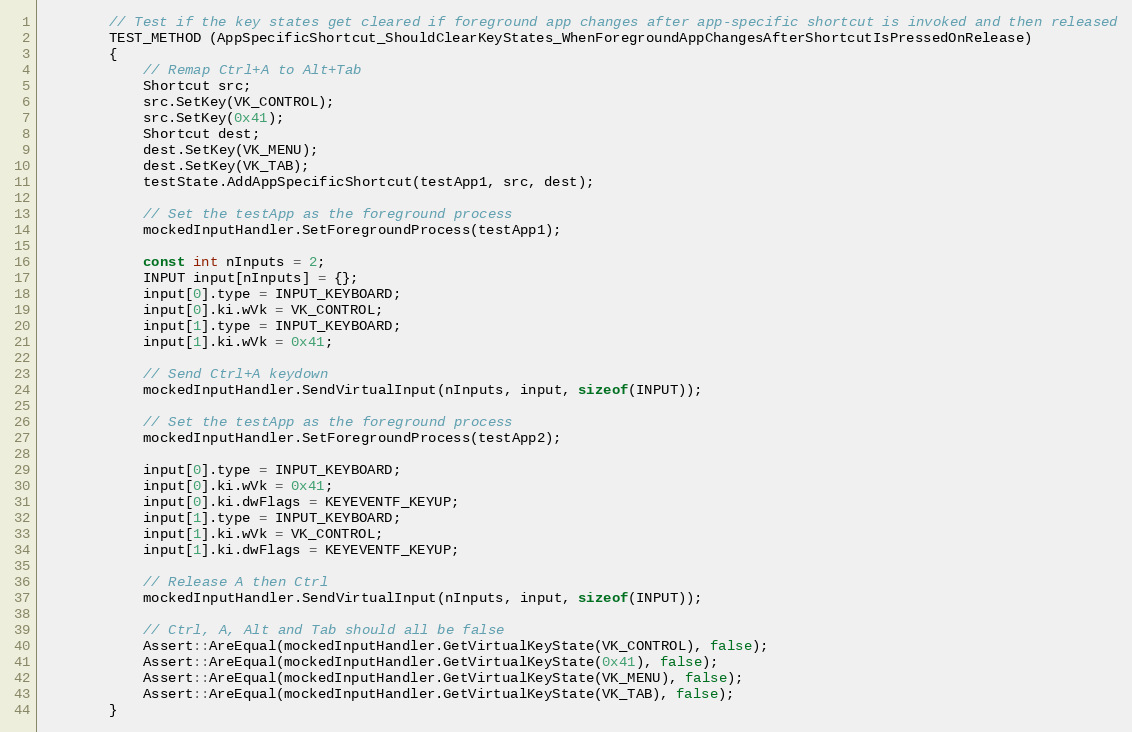
Language: C++
        // Test if the key states get cleared if foreground app changes after app-specific shortcut is invoked and then released
        TEST_METHOD (AppSpecificShortcut_ShouldClearKeyStates_WhenForegroundAppChangesAfterShortcutIsPressedOnRelease)
        {
            // Remap Ctrl+A to Alt+Tab
            Shortcut src;
            src.SetKey(VK_CONTROL);
            src.SetKey(0x41);
            Shortcut dest;
            dest.SetKey(VK_MENU);
            dest.SetKey(VK_TAB);
            testState.AddAppSpecificShortcut(testApp1, src, dest);

            // Set the testApp as the foreground process
            mockedInputHandler.SetForegroundProcess(testApp1);

            const int nInputs = 2;
            INPUT input[nInputs] = {};
            input[0].type = INPUT_KEYBOARD;
            input[0].ki.wVk = VK_CONTROL;
            input[1].type = INPUT_KEYBOARD;
            input[1].ki.wVk = 0x41;

            // Send Ctrl+A keydown
            mockedInputHandler.SendVirtualInput(nInputs, input, sizeof(INPUT));

            // Set the testApp as the foreground process
            mockedInputHandler.SetForegroundProcess(testApp2);

            input[0].type = INPUT_KEYBOARD;
            input[0].ki.wVk = 0x41;
            input[0].ki.dwFlags = KEYEVENTF_KEYUP;
            input[1].type = INPUT_KEYBOARD;
            input[1].ki.wVk = VK_CONTROL;
            input[1].ki.dwFlags = KEYEVENTF_KEYUP;

            // Release A then Ctrl
            mockedInputHandler.SendVirtualInput(nInputs, input, sizeof(INPUT));

            // Ctrl, A, Alt and Tab should all be false
            Assert::AreEqual(mockedInputHandler.GetVirtualKeyState(VK_CONTROL), false);
            Assert::AreEqual(mockedInputHandler.GetVirtualKeyState(0x41), false);
            Assert::AreEqual(mockedInputHandler.GetVirtualKeyState(VK_MENU), false);
            Assert::AreEqual(mockedInputHandler.GetVirtualKeyState(VK_TAB), false);
        }